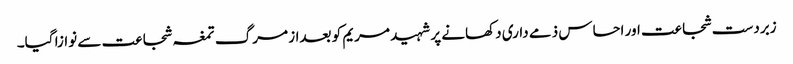
زبردست شجاعت اور احساس ذمے داری دکھانے پر شہید مریم کو بعداز مرگ تمغہ شجاعت سے نوازا گیا۔